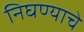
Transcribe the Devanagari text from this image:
निघण्याचे